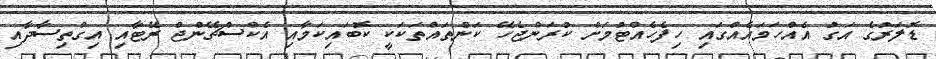
ޑޮލަރުގެ އަގު އެއްހަމައެއްގައި ހިފެހެއްޓުމަށް ކުރަންޖެހޭ ކަންތައްތަކަކީ ކޮބައިކަމާއި އެކްސްޗޭންޖް ރޭޓާއި އިގްތިސާދާއި